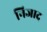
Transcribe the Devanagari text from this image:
निजाद